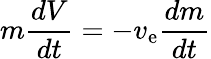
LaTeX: m{\frac{dV}{dt}}=-v_{\mathrm{e}}{\frac{dm}{dt}}